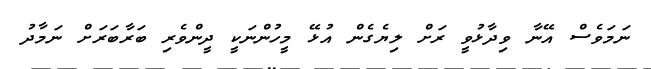
ނަމަވެސް އޭނާ ވިދާޅުވީ ރަށް ލިޔެގެން އުޅޭ މީހުންނަކީ ދީންވެރި ބަރާބަރަށް ނަމާދު